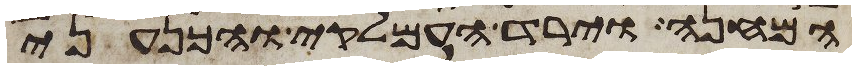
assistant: המחנה וירד העמלקי והכנעני